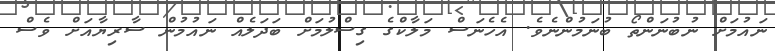
ނައުމަށް ނުބުނަންތޯ ބުނަމުންނެވެ. އެހެނަސް މަލާކްގެ ގިސްލުމަށް ބަދަލެއް ނައުމުން ސާރިޔާއަށް ވެސް